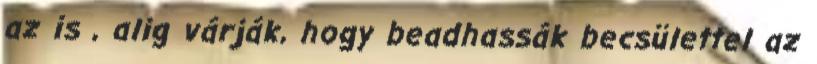
az is , alig várják, hogy beadhassák becsülettel az